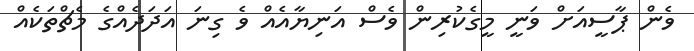
ވެން ޕާސީއަށް ވަނީ މީގެކުރިން ވެސް އަނިޔާއެއް ވެ ގިނަ އަދަދެއްގެ މެޗްތަކެއް